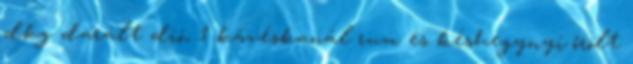
dkg darált dió, 1 kávéskanál rum és késhegynyi őrölt